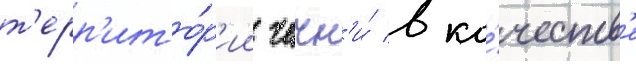
т'ерр'ито́р'ии чечн'и́ в ка́честв'е